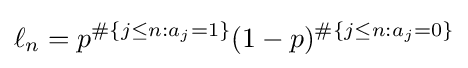
\ell _{n}=p^{\#\{j\leq n:a_{j}=1\}}(1-p)^{\#\{j\leq n:a_{j}=0\}}